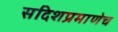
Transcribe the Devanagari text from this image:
सदिशप्रमाणेच